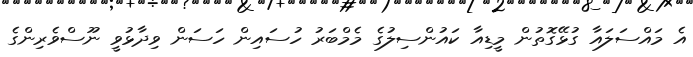
އެ މައްސަލައާ ގުޅޭގޮތުން މީޑިއާ ކައުންސިލުގެ މެމްބަރު ހުސައިން ހަސަން ވިދާޅުވީ ނޫސްވެރިންގެ